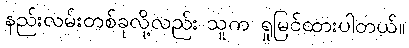
နည်းလမ်းတစ်ခုလို့လည်း သူက ရှုမြင်ထားပါတယ်။